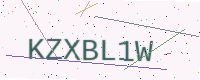
Text: KZXBL1W